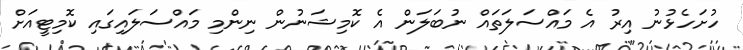
ހުށަހެޅުނު އިރު އެ މަައްސަލަތައް ނުބަލަން އެ ކޮމިޝަނުން ނިންމި މައްސަލައިގައި ކޮމިޓީއަށް